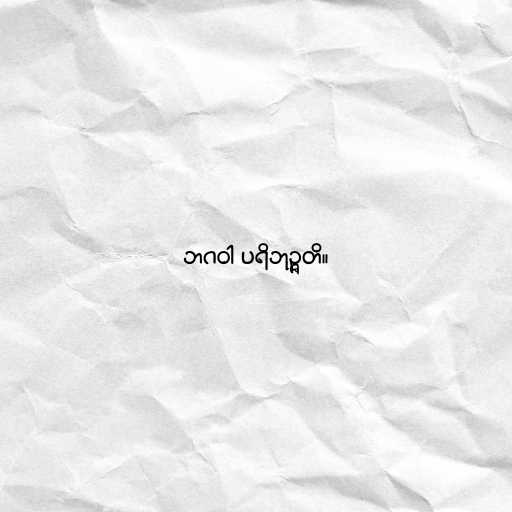
ဘဂဝါ ပရိဘုဉ္ဇတိ။